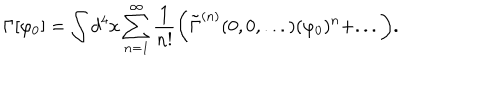
LaTeX: \Gamma [ \varphi _ { 0 } ] = \int d ^ { 4 } x \sum _ { n = 1 } ^ { \infty } \frac { 1 } { n ! } \biggr ( \tilde { \Gamma } ^ { ( n ) } ( 0 , 0 , . . . ) ( \varphi _ { 0 } ) ^ { n } + . . . \biggr ) .